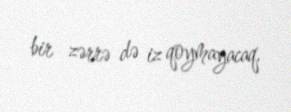
bir zərrə də iz qoymayacaq.